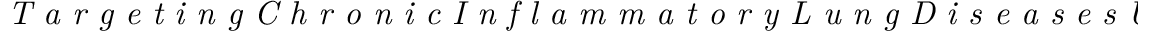
\textit { T a r g e t i n g C h r o n i c I n f l a m m a t o r y L u n g D i s e a s e s U s i n g A d v a n c e d D r u g D e l i v e r y }